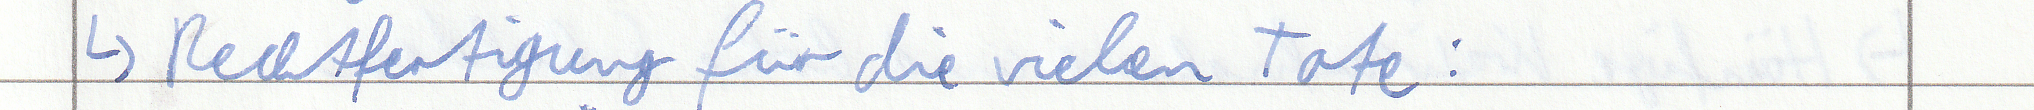
-> Rechtfertigung für die vielen Tote: